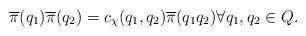
LaTeX: \begin{align*} \overline{\pi}(q_1) \overline{\pi}(q_2) = c_\chi(q_1, q_2) \overline{\pi}(q_1 q_2) \forall q_1,q_2\in Q.\end{align*}